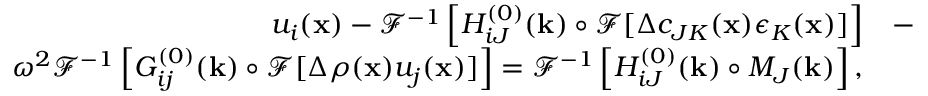
\begin{array} { r l } { u _ { i } ( { \bf x } ) - \mathcal { F } ^ { - 1 } \left[ H _ { i J } ^ { ( 0 ) } ( { \bf k } ) \circ \mathcal { F } [ \Delta c _ { J K } ( { \bf x } ) \epsilon _ { K } ( { \bf x } ) ] \right] } & { - } \\ { \omega ^ { 2 } \mathcal { F } ^ { - 1 } \left[ G _ { i j } ^ { ( 0 ) } ( { \bf k } ) \circ \mathcal { F } [ \Delta \rho ( { \bf x } ) u _ { j } ( { \bf x } ) ] \right] = \mathcal { F } ^ { - 1 } \left[ H _ { i J } ^ { ( 0 ) } ( { \bf k } ) \circ M _ { J } ( { \bf k } ) \right] , } \end{array}